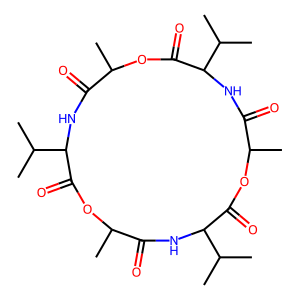
SMILES: CC1OC(=O)C(C(C)C)NC(=O)C(C)OC(=O)C(C(C)C)NC(=O)C(C)OC(=O)C(C(C)C)NC1=O
Inhibits HIV replication: No